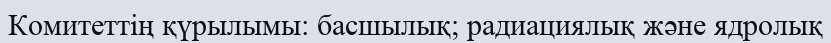
Комитеттің қүрылымы: басшылық; радиациялық және ядролық